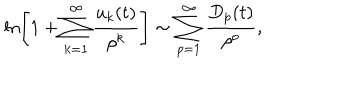
\ln \left[ 1 + \sum _ { k = 1 } ^ { \infty } { \frac { u _ { k } ( t ) } { \rho ^ { k } } } \right] \sim \sum _ { p = 1 } ^ { \infty } { \frac { D _ { p } ( t ) } { \rho ^ { p } } } ,